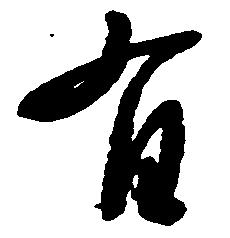
有